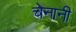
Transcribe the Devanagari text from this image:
चेनानी